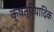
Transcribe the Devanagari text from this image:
क्षत्रियादिक